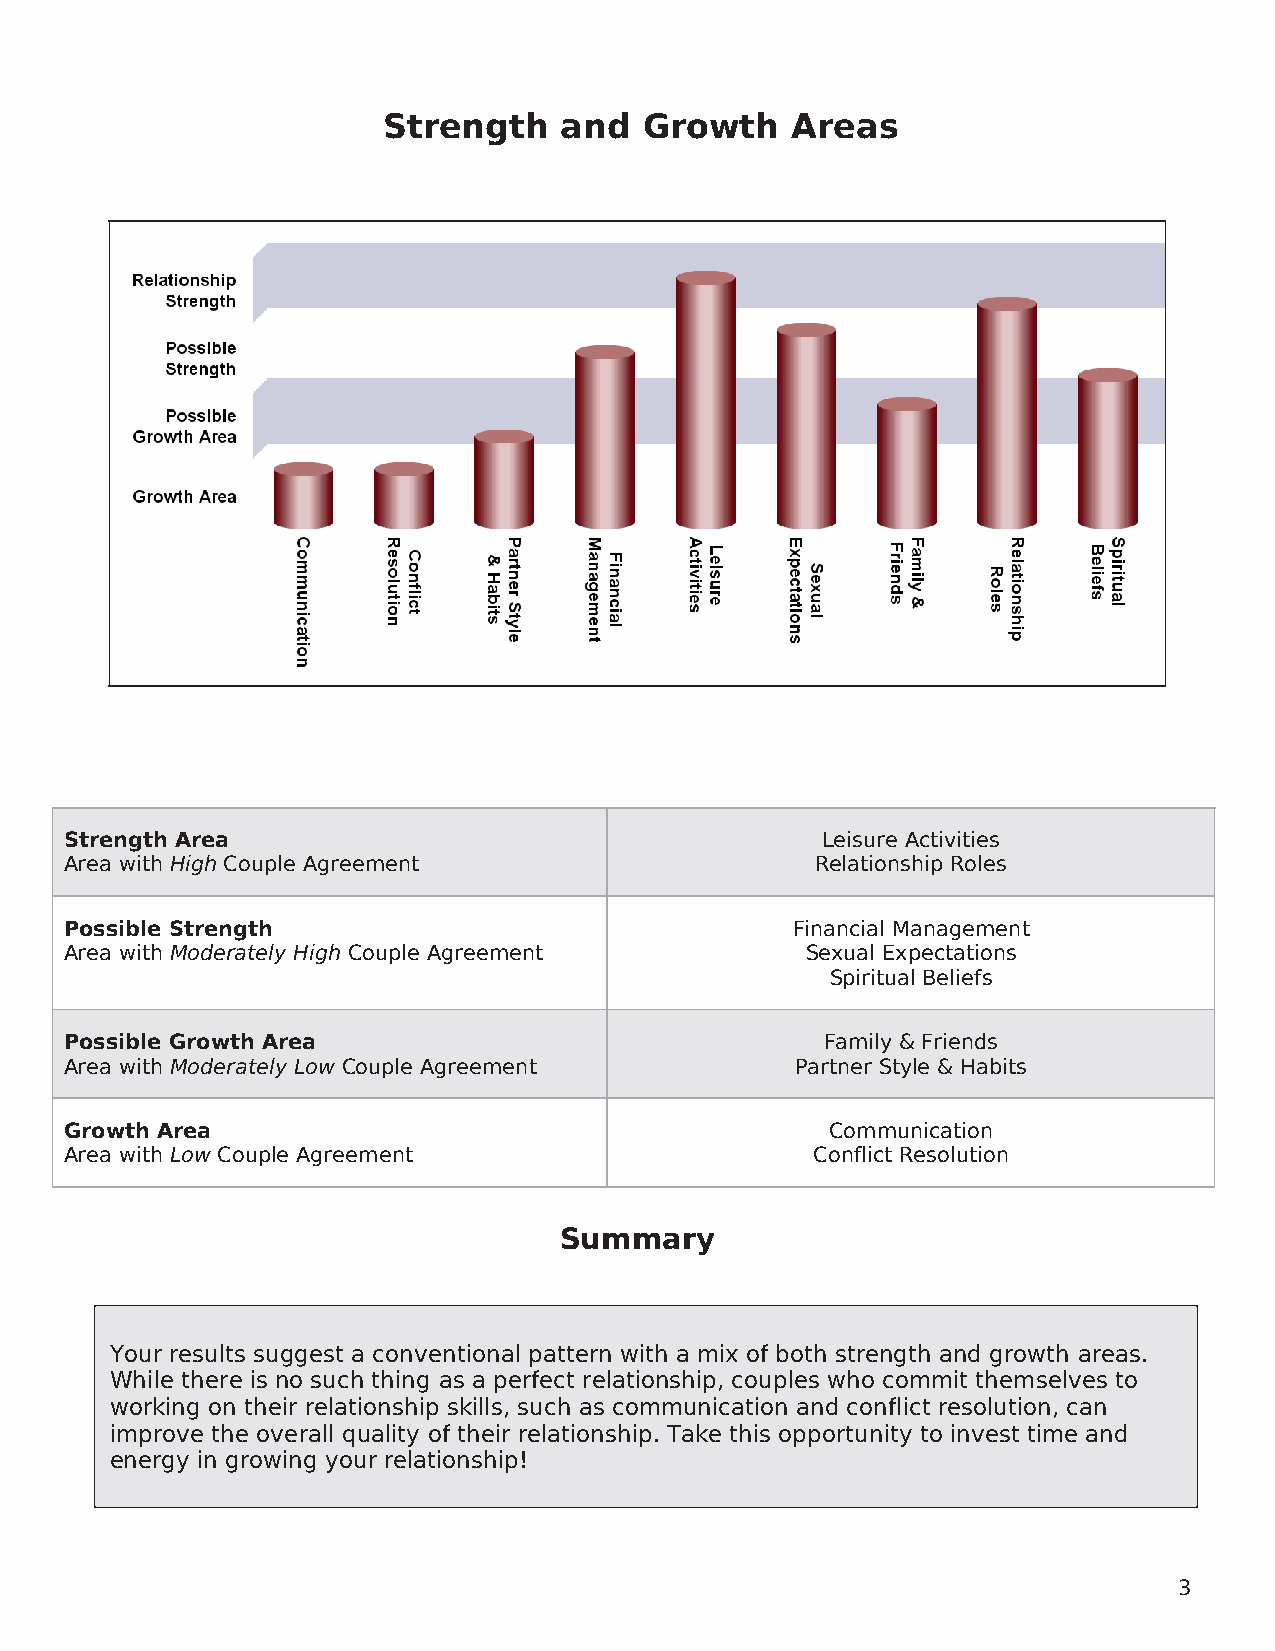
Strength    and   Growth   Areas
 Strength Area                                     Leisure Activities
 Area with High Couple Agreement                   Relationship Roles
 Possible Strength                               Financial Management
 Area with Moderately High Couple Agreement       Sexual Expectations
 Spiritual Beliefs
 Possible Growth Area                               Family & Friends
 Area with Moderately Low Couple Agreement        Partner Style & Habits
 Growth Area                                        Communication
 Area with Low Couple Agreement                    Conflict Resolution
 Summary
 Your results suggest a conventional pattern with a mix of both strength and growth areas.
 While there is no such thing as a perfect relationship, couples who commit themselves to
 working on their relationship skills, such as communication and conflict resolution, can
 improve the overall quality of their relationship. Take this opportunity to invest time and
 energy in growing your relationship!
 3